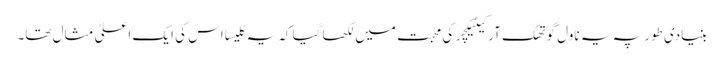
بنیادی طور پہ یہ ناول گوتھک آرکیٹیکچر کی محبت میں لکھا گیا کہ یہ کلیسا اس کی ایک اعلیٰ مثال تھا۔